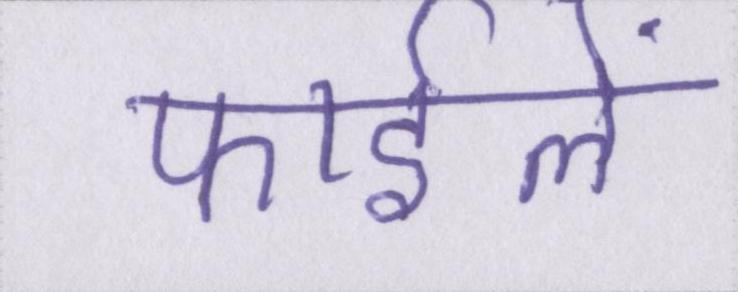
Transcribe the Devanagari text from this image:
फाईलें